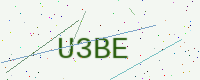
Text: U3BE